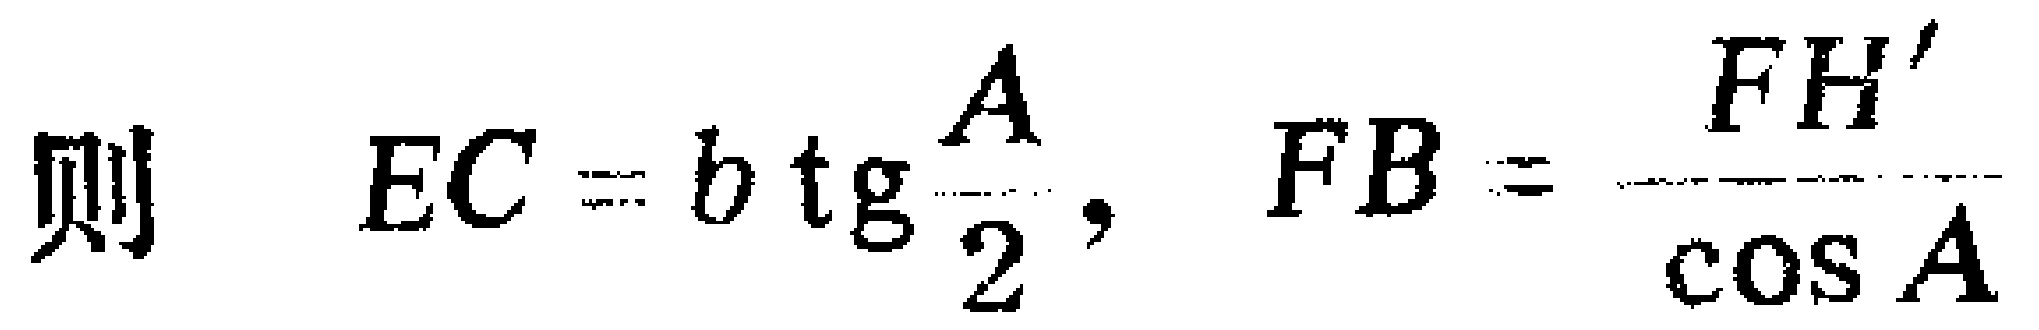
则 \(EC = b\mathrm{tg}\frac{A}{2},\ FB = \frac{FH'}{\cos A}\)